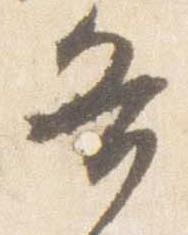
各